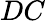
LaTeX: DC